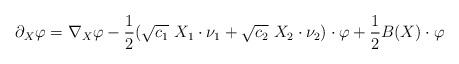
LaTeX: \begin{align*}\partial_X\varphi=\nabla_X \varphi-\frac{1}{2} (\sqrt{c_1}\ X_1 \cdot \nu_1 + \sqrt{c_2}\ X_2 \cdot \nu_2)\cdot\varphi + \frac{1}{2}B(X)\cdot \varphi\end{align*}